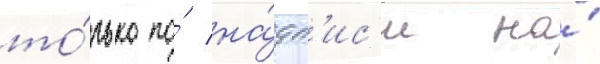
то́лько по́ на́дп'ис'и на́